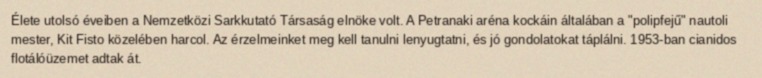
Élete utolsó éveiben a Nemzetközi Sarkkutató Társaság elnöke volt. A Petranaki aréna kockáin általában a "polipfejű" nautoli mester, Kit Fisto közelében harcol. Az érzelmeinket meg kell tanulni lenyugtatni, és jó gondolatokat táplálni. 1953-ban cianidos flotálóüzemet adtak át.